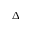
\Delta